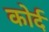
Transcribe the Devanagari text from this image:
कोर्द